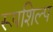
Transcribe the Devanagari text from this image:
रूपशिल्प